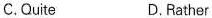
C.Quite D.Rather